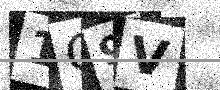
Text: 1G9V